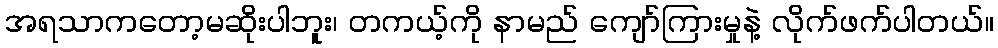
အရသာကတော့မဆိုးပါဘူး၊ တကယ့်ကို နာမည် ကျော်ကြားမှုနဲ့ လိုက်ဖက်ပါတယ်။